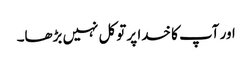
اور آپ کا خدا پر توکل نہیں بڑھا۔